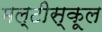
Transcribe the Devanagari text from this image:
मल्टीस्कूल